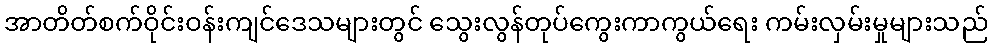
အာတိတ်စက်ဝိုင်းဝန်းကျင်ဒေသများတွင် သွေးလွန်တုပ်ကွေးကာကွယ်ရေး ကမ်းလှမ်းမှုများသည်